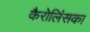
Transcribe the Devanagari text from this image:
कैरोलिंसका